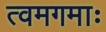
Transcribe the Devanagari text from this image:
त्वमगमाः